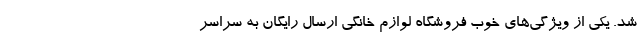
شد. یکی از ویژگی‌های خوب فروشگاه لوازم خانگی ارسال رایگان به سراسر